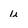
Character: u